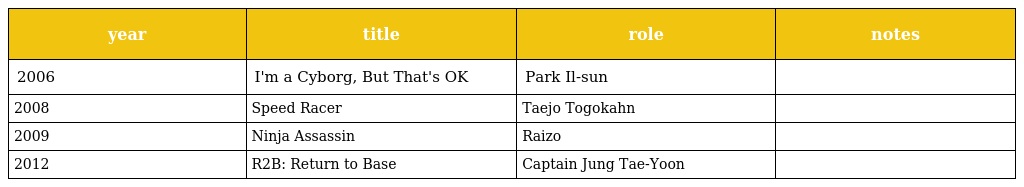
| year | title | role | notes |
 | --- | --- | --- | --- |
 | 2006 | I'm a Cyborg, But That's OK | Park Il-sun |  |
 | 2008 | Speed Racer | Taejo Togokahn |  |
 | 2009 | Ninja Assassin | Raizo |  |
 | 2012 | R2B: Return to Base | Captain Jung Tae-Yoon |  |